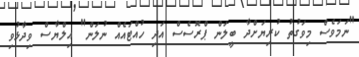
"ނަމަވެސް މިވަގުތު ކުރިޔަށްދާ ބީލަން ޕްރޮސެސް އަދި ހުއްޓައެއް ނުލަން" އިލްޔާސް ވިދާޅުވި